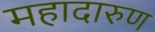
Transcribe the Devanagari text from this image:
महादारुण